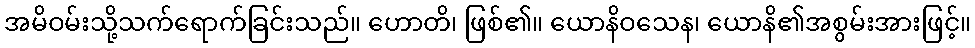
အမိဝမ်းသို့သက်ရောက်ခြင်းသည်။ ဟောတိ၊ ဖြစ်၏။ ယောနိဝသေန၊ ယောနိ၏အစွမ်းအားဖြင့်။